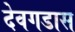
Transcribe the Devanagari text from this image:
देवगडास